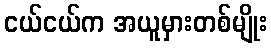
ငယ်ငယ်က အယူမှားတစ်မျိုး